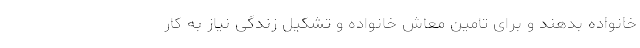
خانواده بدهند و برای تامین معاش خانواده و تشکیل زندگی نیاز به کار